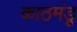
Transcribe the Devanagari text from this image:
काठमंडू